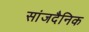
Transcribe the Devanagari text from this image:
सांजदैनिक